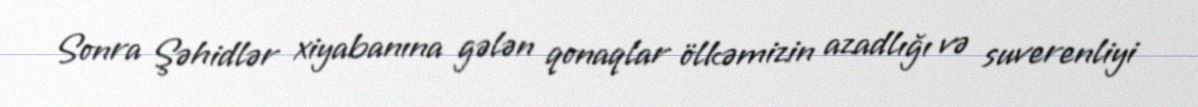
Sonra Şəhidlər xiyabanına gələn qonaqlar ölkəmizin azadlığı və suverenliyi